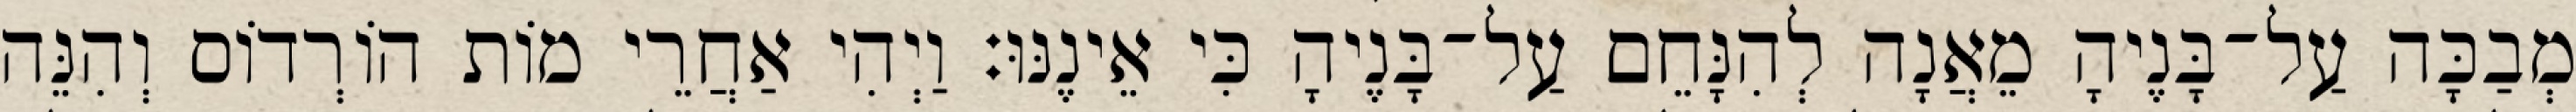
מְבַכָּה עַל־בָּנֶיהָ מֵאֲנָה לְהִנָּחֵם עַל־בָּנֶיהָ כִּי אֵינֶנּוּ׃ וַיְהִי אַחֲרֵי מוֹת הוֹרְדוֹס וְהִנֵּה